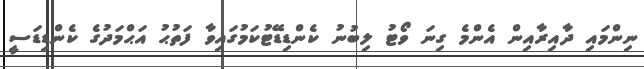
ނިންމައި ދާއިރާއިން އެންމެ ގިނަ ވޯޓު ލިބުނު ކެންޑިޑޭޓުކަމުގައިވާ ފަތުޙު އަޙްމަދުގެ ކެންޑިޑަސީ